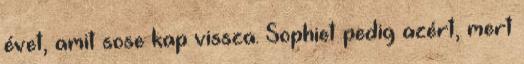
évet, amit sose kap vissza. Sophiet pedig azért, mert